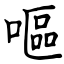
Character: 嘔